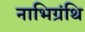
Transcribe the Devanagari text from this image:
नाभिग्रंथि